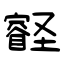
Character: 壡